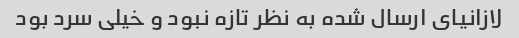
لازانیای ارسال شده به نظر تازه نبود و خیلی سرد بود